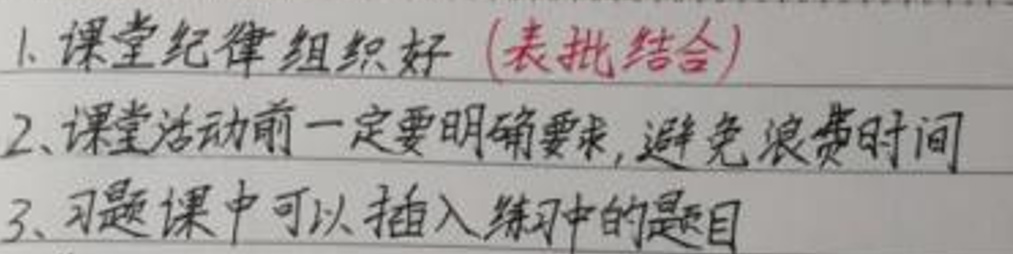
1. 课堂纪律组织好（表批结合）
2. 课堂活动前一定要明确要求，避免浪费时间
3. 习题课中可以插入练习中的题目